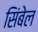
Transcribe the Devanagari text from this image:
सिंबेल